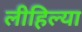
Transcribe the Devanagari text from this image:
लीहिल्या